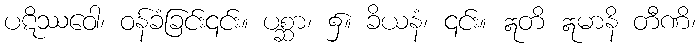
ပဋိဿဝေါ၊ ဝန်ခံခြင်း၎င်း။ ပစ္ဆာ၊ ၌။ ခိယနံ၊ ၎င်း။ ဣတိ ဣမာနိ တီဏိ၊